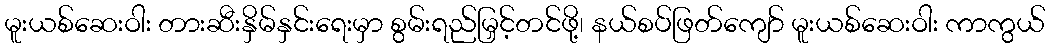
မူးယစ်ဆေးဝါး တားဆီးနှိမ်နှင်းရေးမှာ စွမ်းရည်မြှင့်တင်ဖို့၊ နယ်စပ်ဖြတ်ကျော် မူးယစ်ဆေးဝါး ကာကွယ်